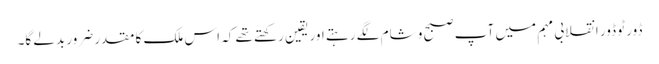
ڈور ٹو ڈور انقلابی مہم میں آپ صبح و شام لگے رہتے اور یقین رکھتے تھے کہ اس ملک کا مقدر ضرور بدلے گا۔